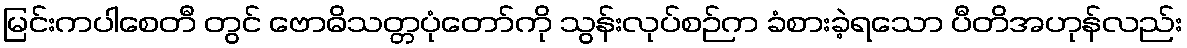
မြင်းကပါစေတီ တွင် ဗောဓိသတ္တပုံတော်ကို သွန်းလုပ်စဉ်က ခံစားခဲ့ရသော ပီတိအဟုန်လည်း